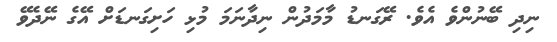
ނިދި ބޭނުންވެ އެވެ. ރޭގަނޑު މާމަދުން ނިދާނަމަ މުޅި ހަށިގަނޑަށް އޭގެ ނޭދެވޭ